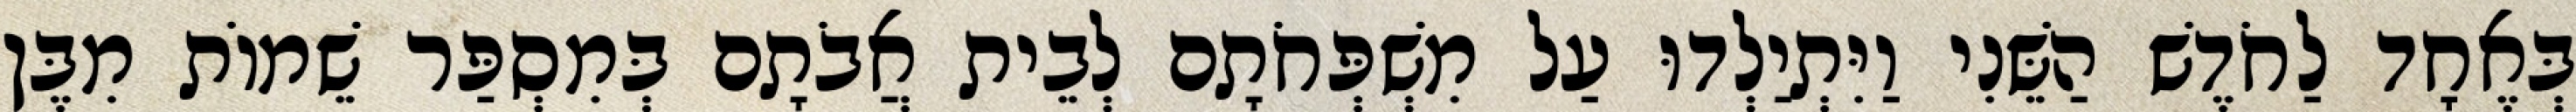
בְּאֶחָד לַחֹדֶשׁ הַשֵּׁנִי וַיִּתְיַלְדוּ עַל מִשְׁפְּחֹתָם לְבֵית אֲבֹתָם בְּמִסְפַּר שֵׁמוֹת מִבֶּן